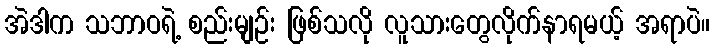
အဲဒါက သဘာဝရဲ့ စည်းမျဉ်း ဖြစ်သလို လူသားတွေလိုက်နာရမယ့် အရာပဲ။